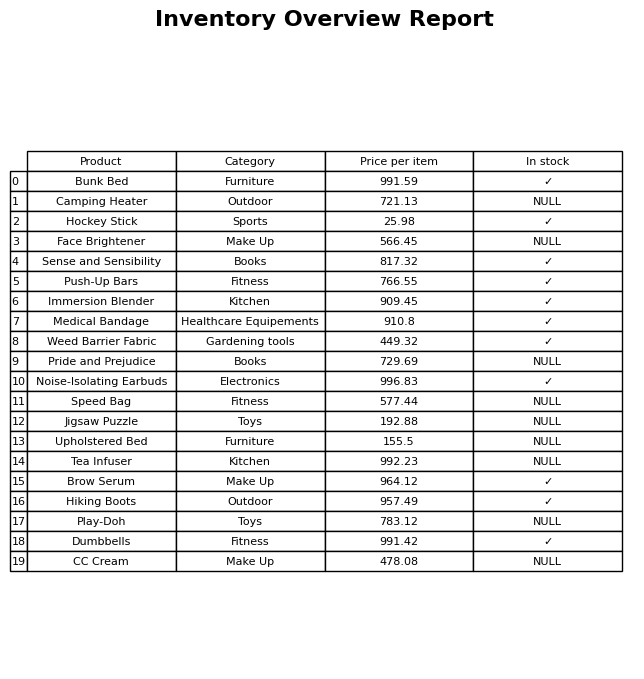
question: What is the price for Tea Infuser?
answer: The price of Tea Infuser is 992.23.